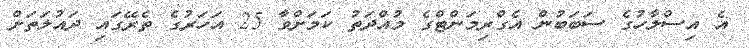
އެ އިސްލާހުގެ ސަބަބުން އެގްރިމަންޓްގެ މުއްދަތު ކަމަށްވާ 25 އަހަރުގެ ތެރޭގައި ދައުލަތަށް